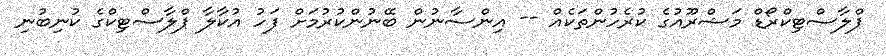
ޕްލާސްޓިކްރޯޑް މަޝްރޫއުގެ ކުރެހުންތަކެއް -- އިންސާނުން ބޭނުންކުރުމަށް ފަހު އުކާލާ ޕްލާސްޓިކްގެ ކުނިބުނި